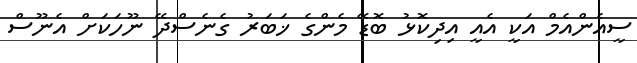
ސީއެންއެމް އަކީ އެއީ އިދިކޮޅު ބޮޑޭ މެންގެ ޚަބަރު ގެނެސްދޭ ނޫހަކަށް އެނޫސް